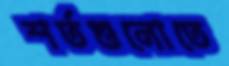
শর্তগুলোতে